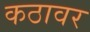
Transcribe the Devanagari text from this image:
कठावर